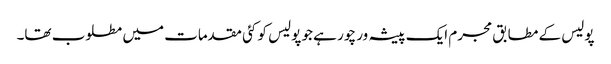
پولیس کے مطابق مجرم ایک پیشہ ور چور ہے جو پولیس کو کئی مقدمات میں مطلوب تھا۔